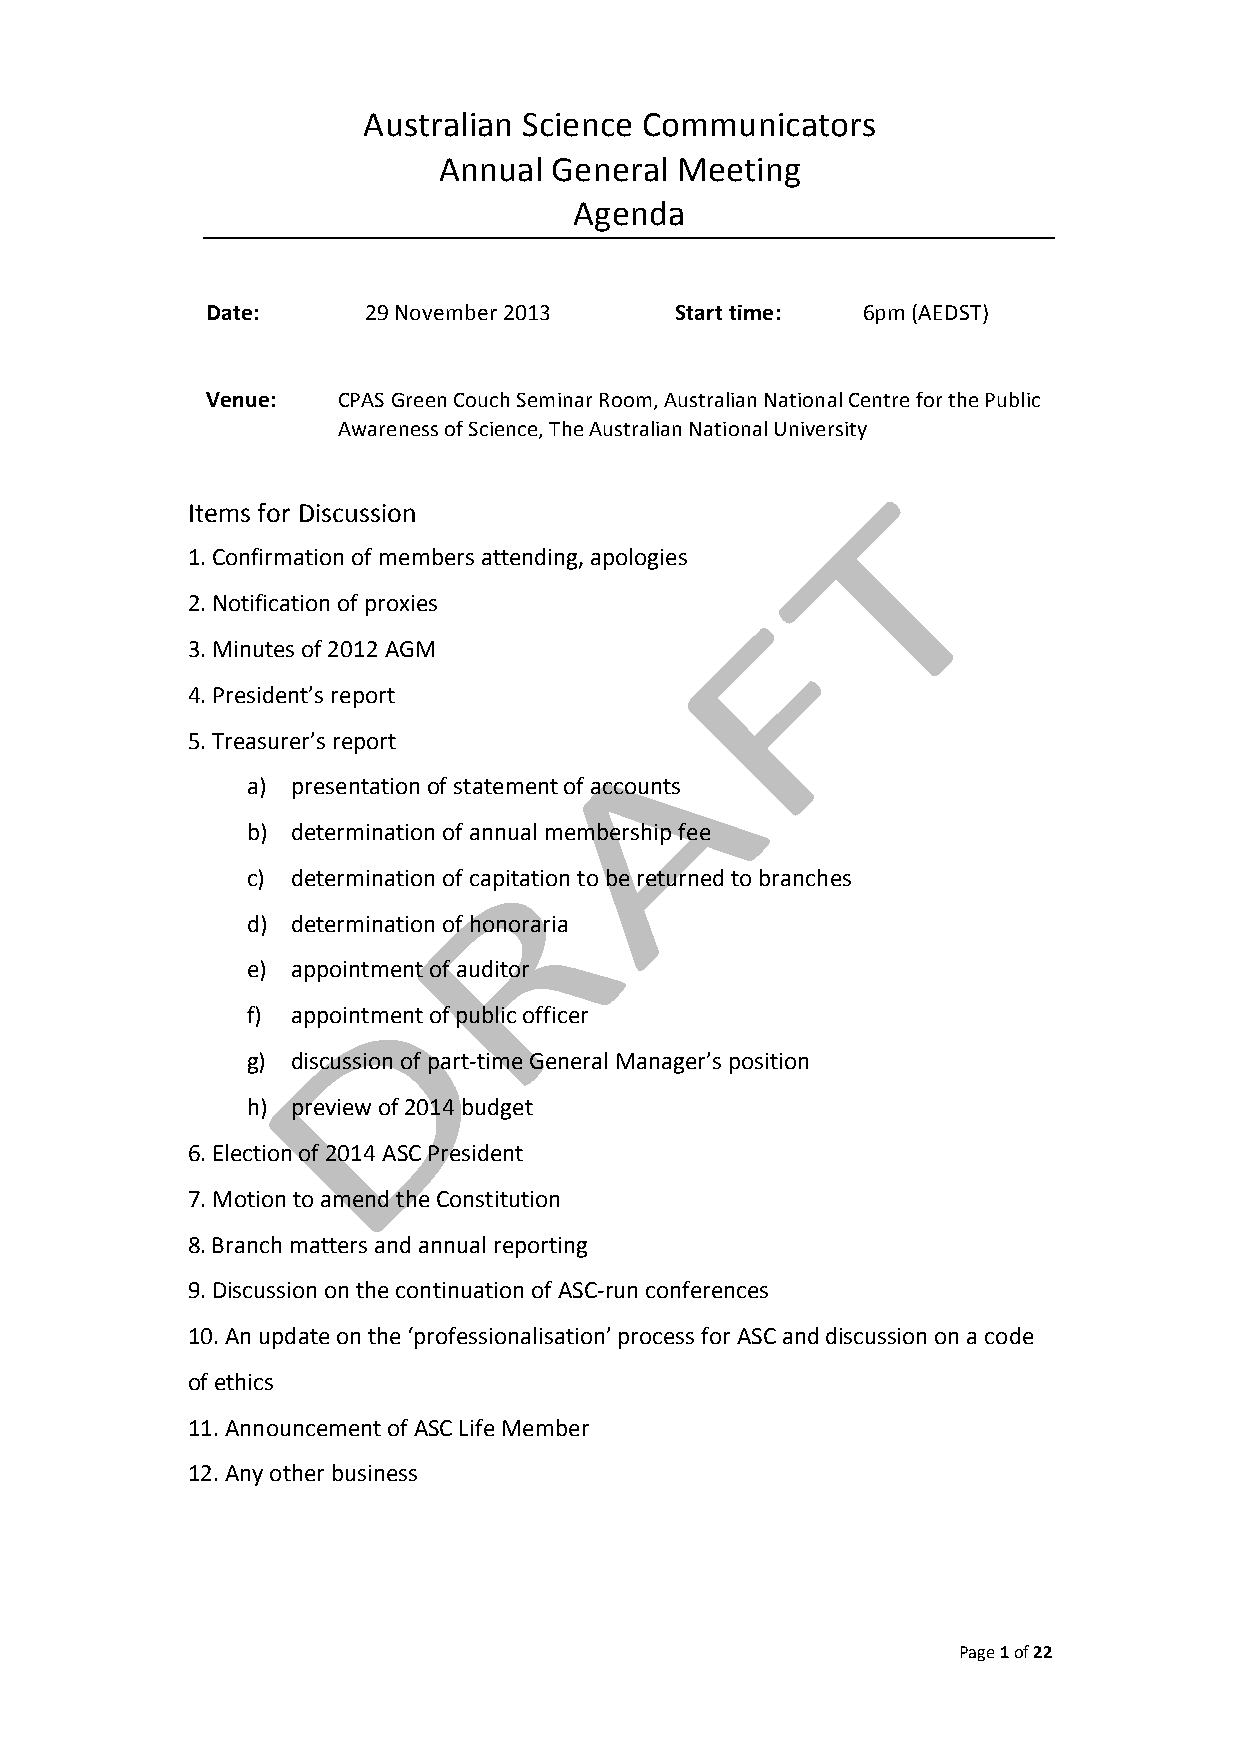
Australian Science Communicators
 Annual General  Meeting
 Agenda
 Date:     29 November 2013     Start time: 6pm (AEDST)
 Venue:  CPAS Green Couch Seminar Room, Australian National Centre for the Public
 Awareness of Science, The Australian National University
 Items for Discussion
 1. Confirmation of members attending, apologies
 2. Notification of proxies
 3. Minutes of 2012 AGM
 4. President’s report
 5. Treasurer’s report
 a) presentation of statement of accounts
 b) determination of annual membership fee
 c) determination of capitation to be returned to branches
 d) determination of honoraria
 e) appointment of auditor
 f) appointment of public officer
 g) discussion of part-­‐time General Manager’s position
 h) preview of 2014 budget
 6. Election of 2014 ASC President
 7. Motion to amend the Constitution
 8. Branch matters and annual reporting
 9. Discussion on the continuation of ASC-­‐run conferences
 10. An update on the ‘professionalisation’ process for ASC and discussion on a code
 of ethics
 11. Announcement of ASC Life Member
 12. Any other business
 Page 1 of 22